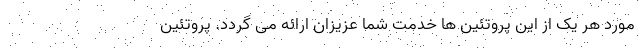
مورد هر یک از این پروتئین ها خدمت شما عزیزان ارائه می گردد. پروتئین